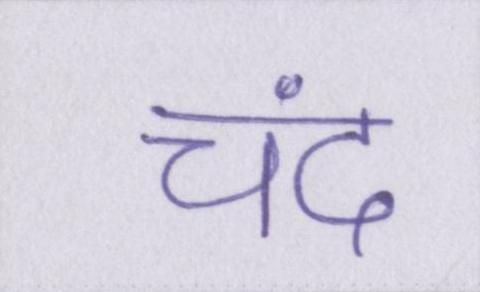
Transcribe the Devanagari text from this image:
चंद